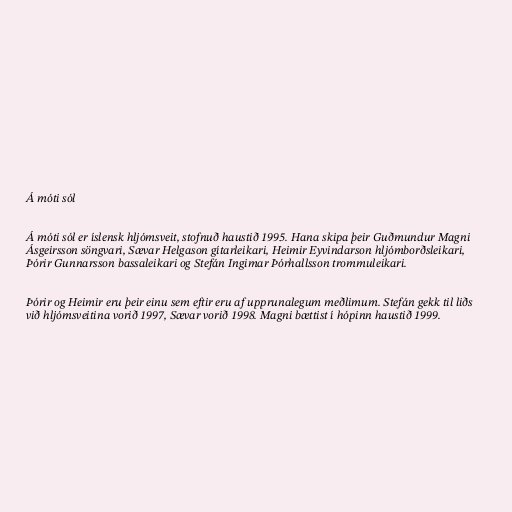
Á móti sól

Á móti sól er íslensk hljómsveit, stofnuð haustið 1995. Hana skipa þeir Guðmundur Magni
Ásgeirsson söngvari, Sævar Helgason gítarleikari, Heimir Eyvindarson hljómborðsleikari,
Þórir Gunnarsson bassaleikari og Stefán Ingimar Þórhallsson trommuleikari.

Þórir og Heimir eru þeir einu sem eftir eru af upprunalegum meðlimum. Stefán gekk til liðs
við hljómsveitina vorið 1997, Sævar vorið 1998. Magni bættist í hópinn haustið 1999.